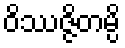
ဝိဿဇ္ဇိတမ္ပိ